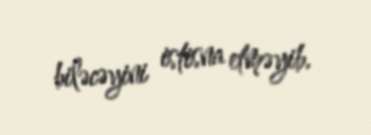
biləcəyini istisna etməyib.